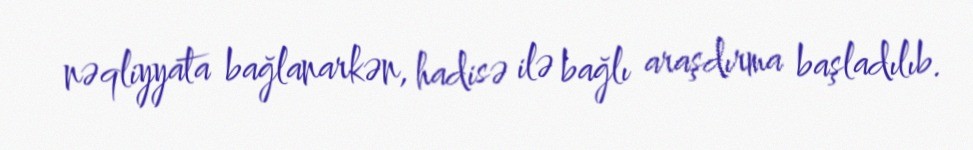
nəqliyyata bağlanarkən, hadisə ilə bağlı araşdırma başladılıb.